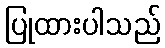
ပြုထားပါသည်